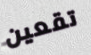
تقعين